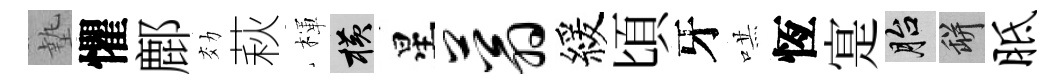
墊懼鄜効萩楎横星蓊緩頃牙哄恆寔胎瓶胝